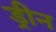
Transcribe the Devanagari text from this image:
ड्रीन